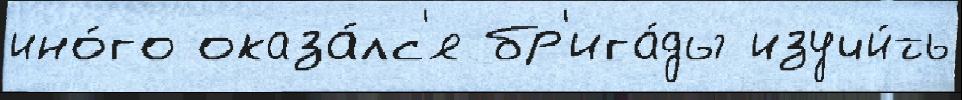
ино́го оказа́лс'я бр'ига́ды изучи́ть